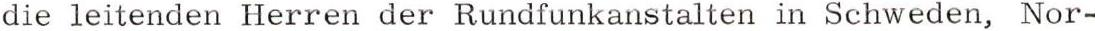
die leitenden Herren der Rundfunkanstalten in Schweden, Nor-